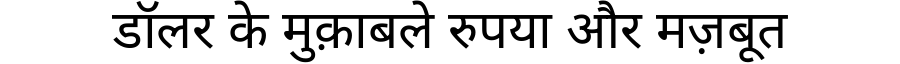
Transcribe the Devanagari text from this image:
डॉलर के मुक़ाबले रुपया और मज़बूत